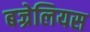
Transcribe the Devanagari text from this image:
बज्रेलियस